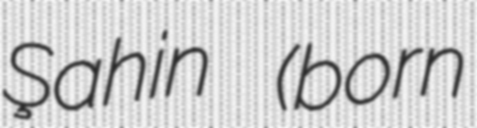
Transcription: Şahin (born